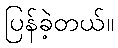
ပြန်ခဲ့တယ်။